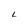
Character: L